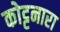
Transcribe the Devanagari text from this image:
कोट्टनारा